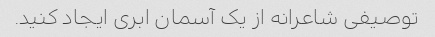
توصیفی شاعرانه از یک آسمان ابری ایجاد کنید.